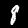
Label: 8